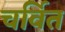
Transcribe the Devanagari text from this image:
चर्वित